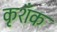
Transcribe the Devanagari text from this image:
कृशँक